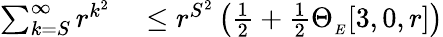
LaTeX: \begin{array}{rl}{\sum_{k=S}^{\infty}r^{k^{2}}}&{{}\leq r^{S^{2}}\left(\frac{1}{2}+\frac{1}{2}\Theta_{_{E}}[3,0,r]\right)}\end{array}